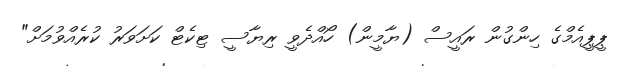
ޕީޕީއެމްގެ ހިންގުން ރައީސް (ޔާމީން) ހޯއްދެވީ ރިޔާސީ ޓިކެޓް ކަށަވަރު ކުރެއްވުމަށް"